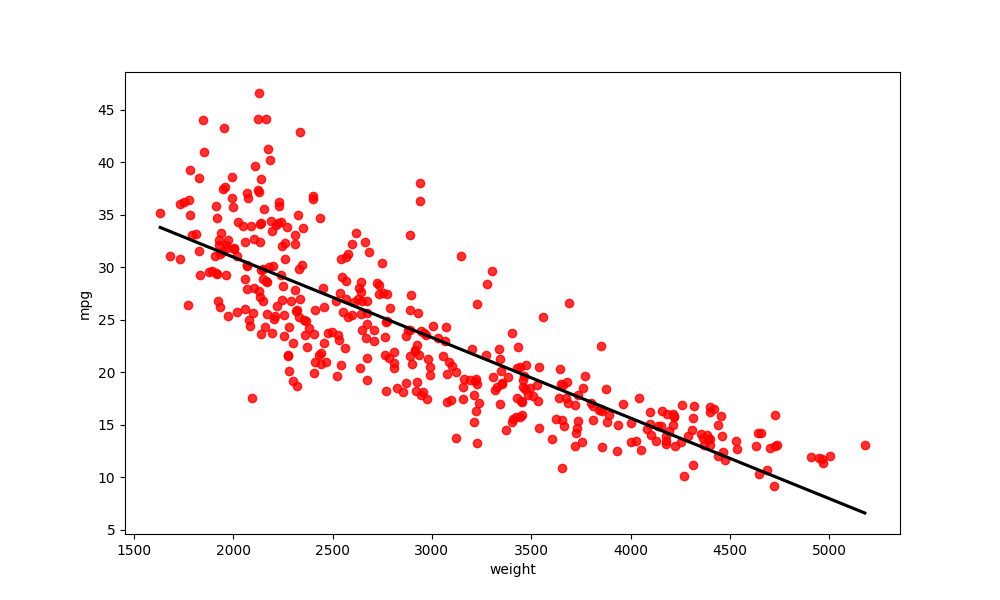
python, seaborn, regplot, order=1, ci=None, scatter_color=red, line_color=black